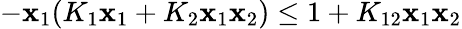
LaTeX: -\mathbf{x}_{1}(K_{1}\mathbf{x}_{1}+K_{2}\mathbf{x}_{1}\mathbf{x}_{2})\le1+K_{12}\mathbf{x}_{1}\mathbf{x}_{2}